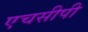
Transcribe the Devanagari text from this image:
एचसीपी